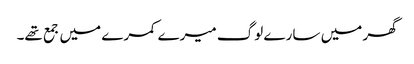
گھر میں سارے لوگ میرے کمرے میں جمع تھے۔